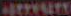
ABERESITE